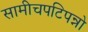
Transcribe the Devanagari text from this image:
सामीचपटिपन्नो